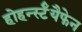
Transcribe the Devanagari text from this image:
होहर्न्स्टॅयैफेन